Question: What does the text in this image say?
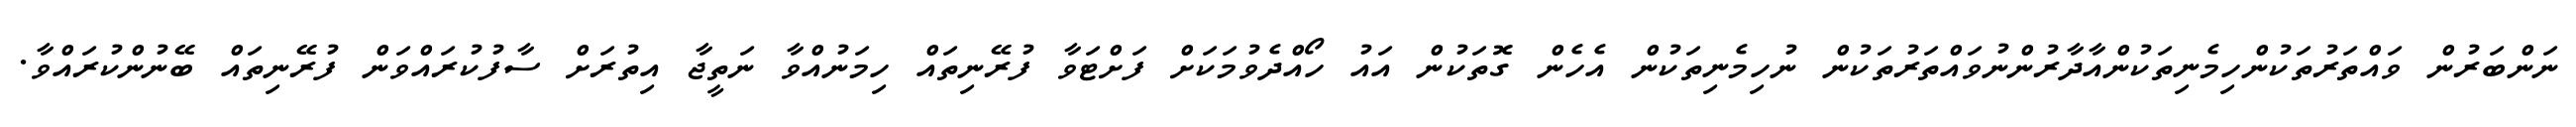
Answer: ނަންބަރުން ވައްތަރުތަކުންހިމެނިތަކުންއާދާރުންނުވައްތަރުތަކުން ނުހިމެނިތަކުން އެހެން ގޮތަކުން އައު ހޯއްދެވުމަކަށް ފަށްޓަވާ ފުރޭނިތައް ހިމަނުއްވާ ނަތީޖާ އިތުރަށް ސާފުކުރައްވަން ފުރޭނިތައް ބޭނުންކުރައްވާ.